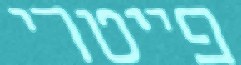
פייטרי